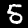
Label: 5